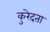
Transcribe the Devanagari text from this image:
कुरेदता